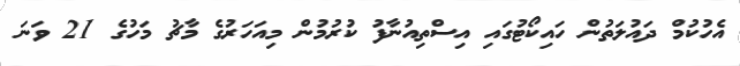
އެހުކުމް ދައުލަތުން ހައިކޯޓުގައި އިސްތިއުނާފު ކުރުމުން މިއަހަރުގެ މާޗު މަހުގެ 21 ވަނަ